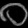
Digit: ၀